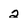
Character: 2